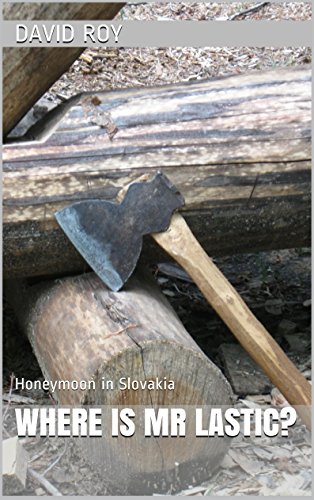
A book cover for Where is Mr Lastic?: Honeymoon in Slovakia; David Roy; Crafts, Hobbies & Home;